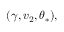
( \gamma , v _ { 2 } , \theta _ { \ast } ) ,